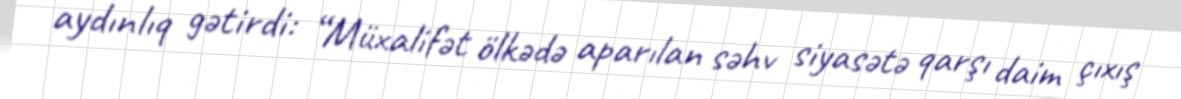
aydınlıq gətirdi: “Müxalifət ölkədə aparılan səhv siyasətə qarşı daim çıxış